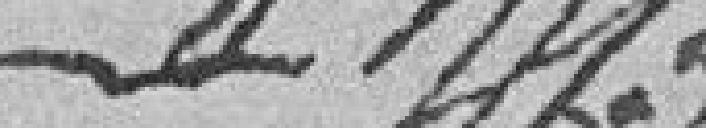
??????